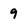
Character: 9